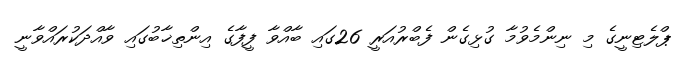
ޕްލެޓިނީގެ މި ނިންމެވުމާ ގުޅިގެން ފެބްރުއަރީ 26ގައި ބާއްވާ ފީފާގެ އިންތިޚާބުގައި ވާއްދަކުރައްވާނީ